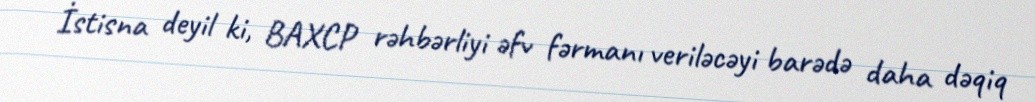
İstisna deyil ki, BAXCP rəhbərliyi əfv fərmanı veriləcəyi barədə daha dəqiq